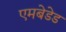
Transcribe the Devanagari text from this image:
एमबेडेड